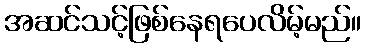
အဆင်သင့်ဖြစ်နေရပေလိမ့်မည်။